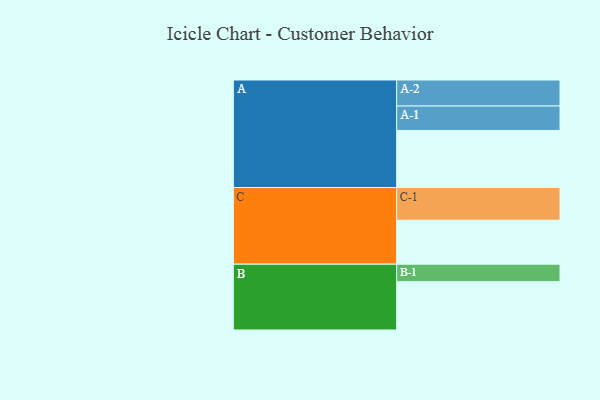
{"axis": {"x": "Segment", "y": "Value"}, "legend": ["", "A", "B", "C"], "data": [{"x": "A", "y": 439, "type": ""}, {"x": "B", "y": 372, "type": ""}, {"x": "C", "y": 338, "type": ""}, {"x": "A-1", "y": 188, "type": "A"}, {"x": "A-2", "y": 200, "type": "A"}, {"x": "B-1", "y": 134, "type": "B"}, {"x": "C-1", "y": 252, "type": "C"}]}